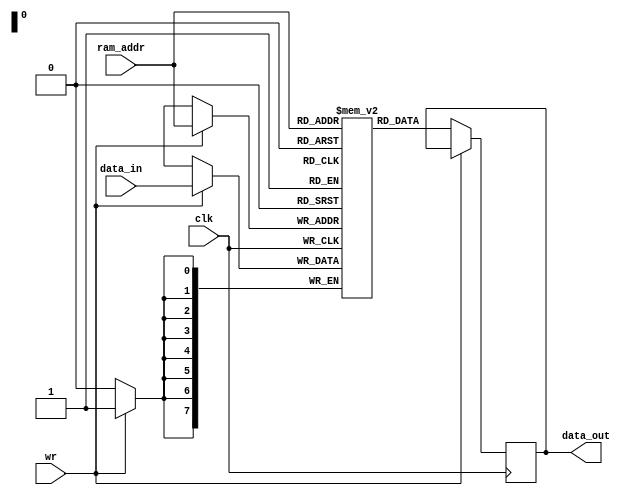
module ram(
  input [7:0]data_in, 
  input [7:0]ram_addr,
  input clk, wr,
  output reg [7:0]data_out);
  
  //memory creation
  reg [7:0]mem[0:255];
  
  always @(posedge clk)
    begin
      if(!wr)
        data_out<=mem[ram_addr];
    end
  
  always @ (posedge clk)
    if(wr)
      mem[ram_addr]<=data_in;
  
endmodule